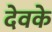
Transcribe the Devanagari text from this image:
देवके